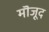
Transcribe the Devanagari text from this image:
मॊजूद